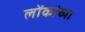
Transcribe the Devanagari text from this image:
लोंकांच्या